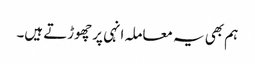
ہم بھی یہ معاملہ انہی پر چھوڑتے ہیں۔